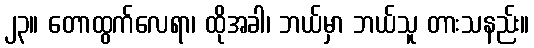
၂၃။ တောထွက်လေရာ၊ ထိုအခါ၊ ဘယ်မှာ ဘယ်သူ တားသနည်း။